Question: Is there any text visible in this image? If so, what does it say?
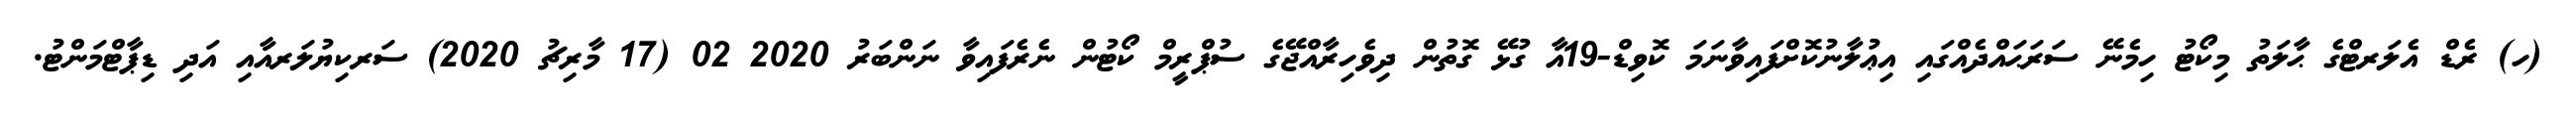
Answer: (ހ) ރެޑް އެލަރޓްގެ ޙާލަތު މިކޯޓު ހިމެނޭ ސަރަޙައްދެއްގައި އިޢުލާނުކޮށްފައިވާނަމަ ކޮވިޑް-19އާ ގުޅޭ ގޮތުން ދިވެހިރާއްޖޭގެ ސުޕްރީމް ކޯޓުން ނެރެފައިވާ ނަންބަރު 2020 02 (17 މާރިޗު 2020) ސަރކިޔުލަރއާއި އަދި ޑިޕާޓްމަންޓު.